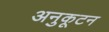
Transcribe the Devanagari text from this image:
अनुकूटन